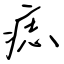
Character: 痣